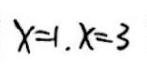
$X = 1, X = 3$